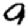
Digit: 9